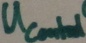
Text: UControl